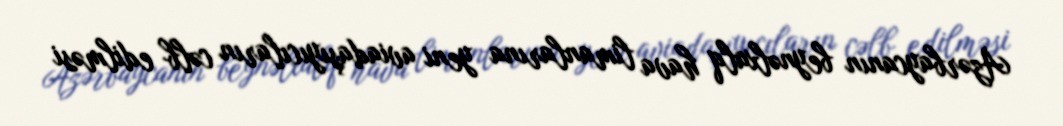
Azərbaycanın beynəlxalq hava limanlarına yeni aviadaşıyıcıların cəlb edilməsi